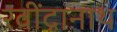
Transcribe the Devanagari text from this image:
रवींद्रानाथ